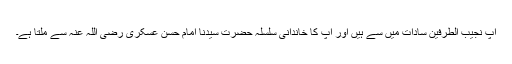
آپ نجیب الطرفین سادات میں سے ہیں اور آپ کا خاندانی سلسلہ حضرت سیدنا امام حسن عسکری رضی اللہ عنہ سے ملتا ہے۔